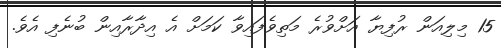
15 މިލިއަން ރުފިޔާ އަށްވުރެ މަތިވެފައިވާ ކަމަށް އެ އިދާރާއިން ބުނެފި އެވެ.